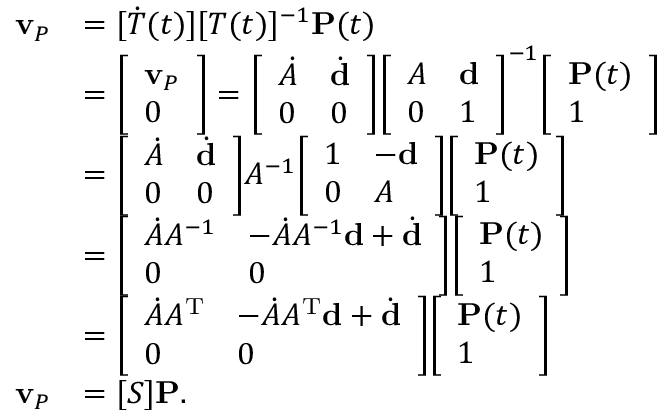
{ \begin{array} { r l } { \mathbf { v } _ { P } } & { = [ { \dot { T } } ( t ) ] [ T ( t ) ] ^ { - 1 } \mathbf { P } ( t ) } \\ & { = { \left[ \begin{array} { l } { \mathbf { v } _ { P } } \\ { 0 } \end{array} \right] } = { \left[ \begin{array} { l l } { { \dot { A } } } & { { \dot { \mathbf { d } } } } \\ { 0 } & { 0 } \end{array} \right] } { \left[ \begin{array} { l l } { A } & { \mathbf { d } } \\ { 0 } & { 1 } \end{array} \right] } ^ { - 1 } { \left[ \begin{array} { l } { \mathbf { P } ( t ) } \\ { 1 } \end{array} \right] } } \\ & { = { \left[ \begin{array} { l l } { { \dot { A } } } & { { \dot { \mathbf { d } } } } \\ { 0 } & { 0 } \end{array} \right] } A ^ { - 1 } { \left[ \begin{array} { l l } { 1 } & { - \mathbf { d } } \\ { 0 } & { A } \end{array} \right] } { \left[ \begin{array} { l } { \mathbf { P } ( t ) } \\ { 1 } \end{array} \right] } } \\ & { = { \left[ \begin{array} { l l } { { \dot { A } } A ^ { - 1 } } & { - { \dot { A } } A ^ { - 1 } \mathbf { d } + { \dot { \mathbf { d } } } } \\ { 0 } & { 0 } \end{array} \right] } { \left[ \begin{array} { l } { \mathbf { P } ( t ) } \\ { 1 } \end{array} \right] } } \\ & { = { \left[ \begin{array} { l l } { { \dot { A } } A ^ { \mathrm { T } } } & { - { \dot { A } } A ^ { \mathrm { T } } \mathbf { d } + { \dot { \mathbf { d } } } } \\ { 0 } & { 0 } \end{array} \right] } { \left[ \begin{array} { l } { \mathbf { P } ( t ) } \\ { 1 } \end{array} \right] } } \\ { \mathbf { v } _ { P } } & { = [ S ] \mathbf { P } . } \end{array} }